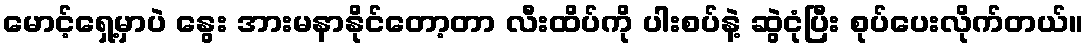
မောင့်ရှေ့မှာပဲ နွေး အားမနာနိုင်တော့တာ လီးထိပ်ကို ပါးစပ်နဲ့ ဆွဲငုံပြီး စုပ်ပေးလိုက်တယ်။